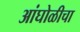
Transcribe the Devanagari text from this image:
आंघोळीचा